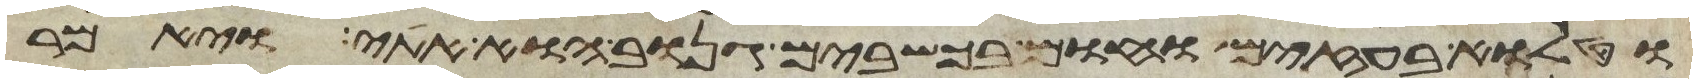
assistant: וטלוא בעזים וחום בכשבים גנוב הוא אתי ויאמר